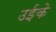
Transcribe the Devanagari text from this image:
उईके